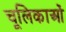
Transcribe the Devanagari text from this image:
चूलिकाओं